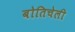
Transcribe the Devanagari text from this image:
बोतिचेली